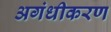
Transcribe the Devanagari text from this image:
अगंधीकरण